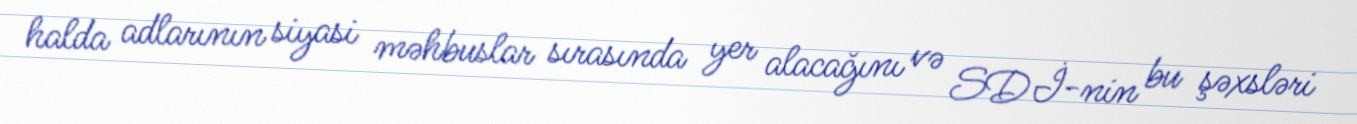
halda adlarının siyasi məhbuslar sırasında yer alacağını və SDİ-nin bu şəxsləri